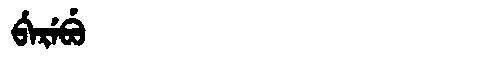
Manchu: ᠪᡝᡵᡝᠪᡠ
Romanization: BEREBU